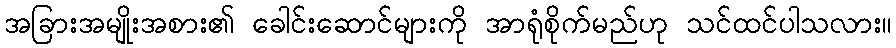
အခြားအမျိုးအစား၏ ခေါင်းဆောင်များကို အာရုံစိုက်မည်ဟု သင်ထင်ပါသလား။